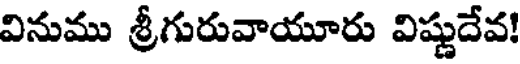
వినుము శ్రీగురువాయూరు విష్ణుదేవ!